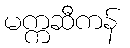
မက္ကဆီကန်